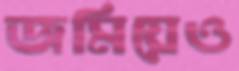
জমিয়েও